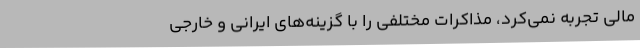
مالی تجربه نمی‌کرد، مذاکرات مختلفی را با گزینه‌های ایرانی و خارجی